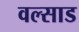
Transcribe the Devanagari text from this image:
वल्साड